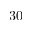
3 0